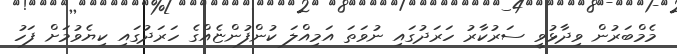
މެމްބަރުން ވިދާޅުވީ ސަރުކާރު ހަރަދުގައި ނުވަތަ އަމިއްލަ ކުންފުންޏެއްގެ ހަރަދުގައި ކިޔެވުމަށް ފަހު